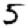
Digit: 5